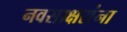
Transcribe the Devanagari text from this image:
नवसाक्षरांना